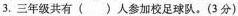
3.三年级共有（）人参加校足球队。(3分)